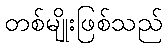
တစ်မျိုးဖြစ်သည်